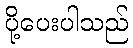
ပို့ပေးပါသည်